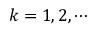
k = 1 , 2 , \cdots